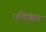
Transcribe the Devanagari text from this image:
एक्झिट